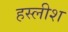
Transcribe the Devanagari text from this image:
हस्लीश